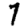
Digit: 7